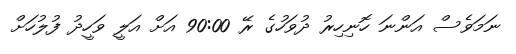
ނަމަވެސް އަންނަ ހޮނިހިރު ދުވަހުގެ ރޭ 90:00 އަށް އަލީ ވަހީދު ފުލުހަށް